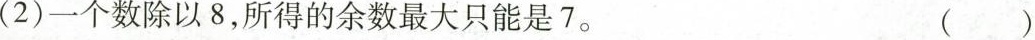
(2)-一个数除以8，所得的余数最大只能是7。 ()